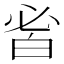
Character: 𤽣